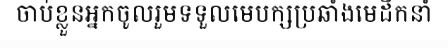
ចាប់ខ្លួនអ្នកចូលរួមទទួលមេបក្សប្រឆាំងមេដឹកនាំ